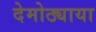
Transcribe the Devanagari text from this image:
देमोठ्याया